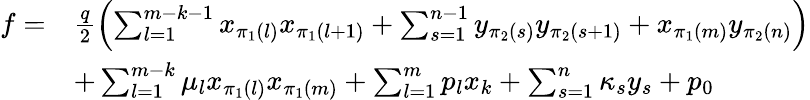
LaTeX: \begin{array}{rl}{f=}&{\frac{q}{2}\left(\sum_{l=1}^{m-k-1}x_{\pi_{1}(l)}x_{\pi_{1}(l+1)}+\sum_{s=1}^{n-1}y_{\pi_{2}(s)}y_{\pi_{2}(s+1)}+x_{\pi_{1}(m)}y_{\pi_{2}(n)}\right)}\\ &{+\sum_{l=1}^{m-k}\mu_{l}x_{\pi_{1}(l)}x_{\pi_{1}(m)}+\sum_{l=1}^{m}p_{l}x_{k}+\sum_{s=1}^{n}\kappa_{s}y_{s}+p_{0}}\end{array}